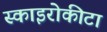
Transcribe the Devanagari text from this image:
स्काइरोकीटा